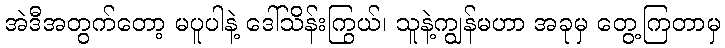
အဲဒီအတွက်တော့ မပူပါနဲ့ ဒေါ်သိန်းကြွယ်၊ သူနဲ့ကျွန်မဟာ အခုမှ တွေ့ကြတာမှ